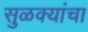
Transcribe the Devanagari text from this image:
सुळक्यांचा